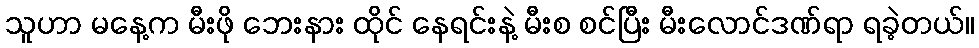
သူဟာ မနေ့က မီးဖို ဘေးနား ထိုင် နေရင်းနဲ့ မီးစ စင်ပြီး မီးလောင်ဒဏ်ရာ ရခဲ့တယ်။